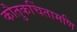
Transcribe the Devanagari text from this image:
कौतुकचिंतामणि